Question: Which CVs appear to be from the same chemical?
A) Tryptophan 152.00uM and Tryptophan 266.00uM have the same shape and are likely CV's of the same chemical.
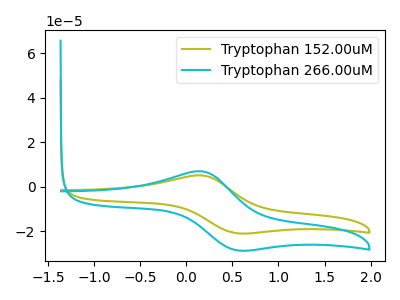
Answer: <think>The olive curve "Tryptophan 152.00uM" has an anodic peak at (0.15V, 5.05uA) and a cathodic peak at (0.55V, -20.85uA). The cyan curve "Tryptophan 266.00uM" has an anodic peak at (0.15V, 6.90uA) and a cathodic peak at (0.55V, -28.50uA).
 All the peaks in "Tryptophan 152.00uM" have a peak in "Tryptophan 266.00uM" at the same potential. Every peak in "Tryptophan 152.00uM" is lower than every peak in "Tryptophan 266.00uM".</think>
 <answer>A) "Tryptophan 152.00uM" and "Tryptophan 266.00uM" have the same shape and are likely CV's of the same chemical.</answer>
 <eval>A</eval>